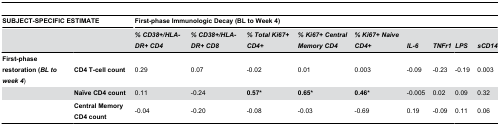
<table><thead><tr><td colspan="2"><b>SUBJECT-SPECIFIC ESTIMATE</b></td><td colspan="9"><b>First-phase Immunologic Decay (BL to Week 4)</b></td></tr><tr><td colspan="2"></td><td><b><i>% CD38+/HLA-DR+ CD4</i></b></td><td><b><i>% CD38+/HLA-DR+ CD8</i></b></td><td><b><i>% Total Ki67+ CD4+</i></b></td><td><b><i>% Ki67+ Central Memory CD4</i></b></td><td><b><i>% Ki67+ Naive CD4+</i></b></td><td><b><i>IL-6</i></b></td><td><b><i>TNFr1</i></b></td><td><b><i>LPS</i></b></td><td><b><i>sCD14</i></b></td></tr></thead><tbody><tr><td><b>First-phase restoration (<i>BL</i><i></i><i>to</i><i></i><i>week</i><i></i><i>4</i></b>) </td><td><b>CD4 T-cell count</b></td><td>0.29</td><td>0.07</td><td>-0.02</td><td>0.01</td><td>0.003</td><td>-0.09</td><td>-0.23</td><td>-0.19</td><td>0.003</td></tr><tr><td></td><td><b>Naïve CD4 count</b></td><td>0.11</td><td>-0.24</td><td><b>0.57*</b></td><td><b>0.65*</b></td><td><b>0.46*</b></td><td>-0.005</td><td>0.02</td><td>0.09</td><td>0.32</td></tr><tr><td></td><td><b>Central Memory CD4 count</b></td><td>-0.04</td><td>-0.20</td><td>-0.08</td><td>-0.03</td><td>-0.69</td><td>0.19</td><td>-0.09</td><td>0.11</td><td>0.06</td></tr></tbody></table>